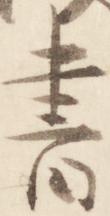
書